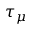
\tau _ { \mu }